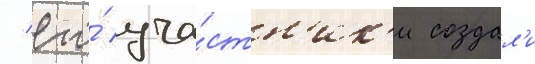
/ его́ уча́стн'ик'и создал'и